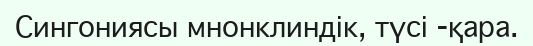
Сингониясы мнонклиндік, түсі -қара.